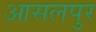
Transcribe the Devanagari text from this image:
आसलपुर